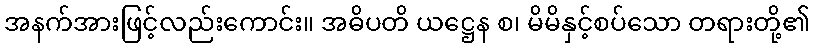
အနက်အားဖြင့်လည်းကောင်း။ အဓိပတိ ယဋ္ဌေန စ၊ မိမိနှင့်စပ်သော တရားတို့၏